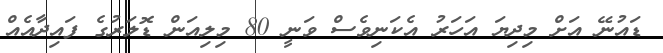
ޑައުނޭ އަށް މިދިޔަ އަހަރު އެކަނިވެސް ވަނީ 80 މިލިއަން ޑޮލަރުގެ ފައިދާއެއް